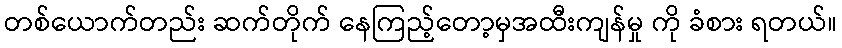
တစ်ယောက်တည်း ဆက်တိုက် နေကြည့်တော့မှအထီးကျန်မှု ကို ခံစား ရတယ်။